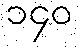
၁၄၀